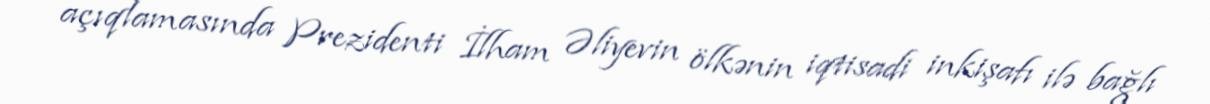
açıqlamasında Prezidenti İlham Əliyevin ölkənin iqtisadi inkişafı ilə bağlı